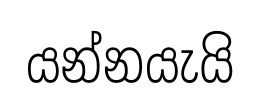
යන්නයැයි